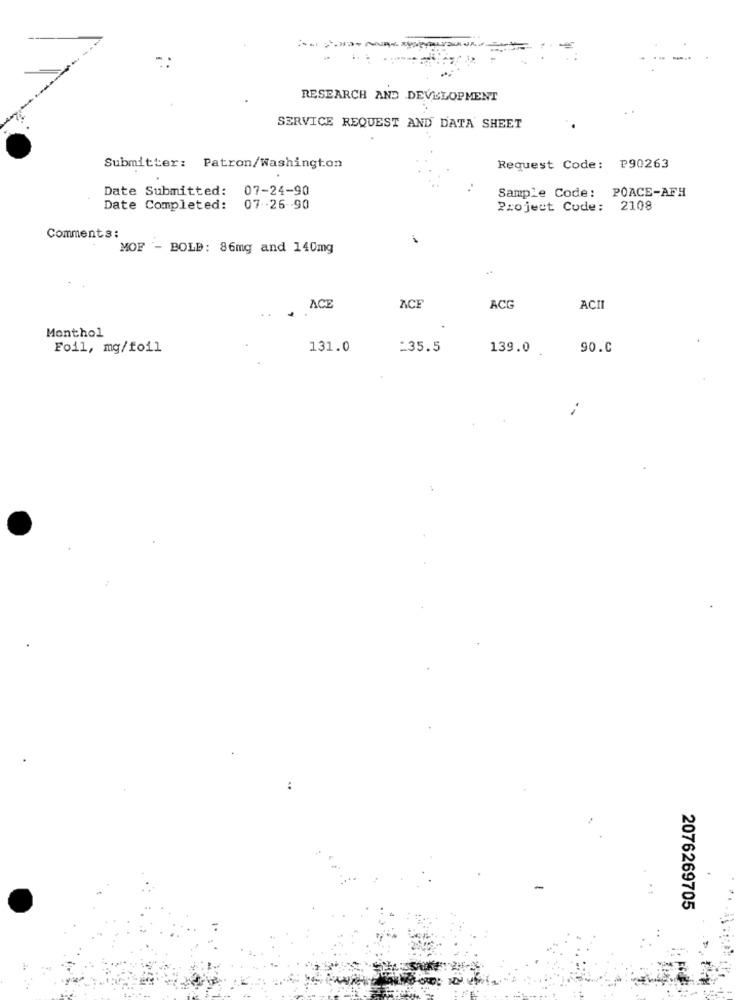
-
RESEARCH AND DEVELOPMENT
SERVICE REQUEST AND DATA SHEET
Submitter: Patron/Washington
Request Code: P90263
Date Submitted: 07-24-90
Sample Code: POACE-AFH
Date Completed: 07-2690
Project Code: 2108
Comments:
MOF - BOLD: 86mg and 140mg
ACE
ACF
ACG
AÇII
Monthol
Foil, mg/foil
131.0
=35.5
139.0
90.C
2076269705